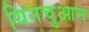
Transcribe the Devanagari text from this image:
यिनचुआन